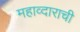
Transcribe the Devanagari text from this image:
महाव्दाराची